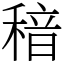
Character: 䅧